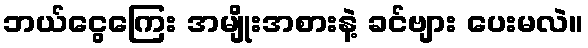
ဘယ်ငွေကြေး အမျိုးအစားနဲ့ ခင်ဗျား ပေးမလဲ။